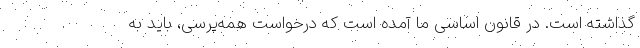
گذاشته است. در قانون اساسی ما آمده است که درخواست همه‌پرسی، باید به